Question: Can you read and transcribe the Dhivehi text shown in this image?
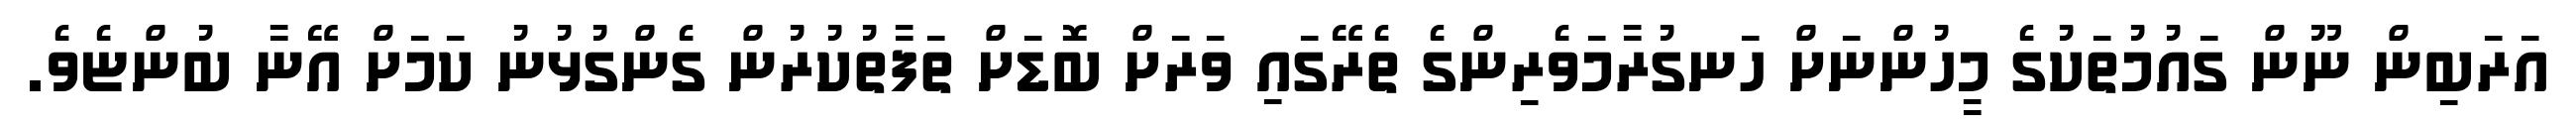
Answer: އަރަބިން ނޫން ގައުމުތަކުގެ މީހުންނަށް ހަނގުރާމަވެރިންގެ ތެރޭގައި ވަރަށް ބޮޑަށް ތަފާތުކުރުން ގެންގުޅުނު ކަމަށް އޭނާ ބުންޏެވެ.